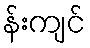
န်းကျင်